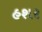
હશર